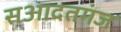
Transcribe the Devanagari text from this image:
सआदतगंज